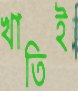
খাতিই